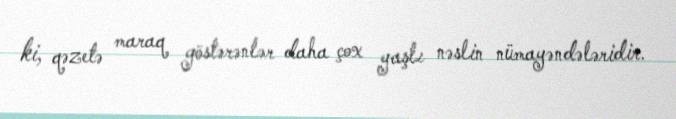
ki, qəzetə maraq göstərənlər daha çox yaşlı nəslin nümayəndələridir.